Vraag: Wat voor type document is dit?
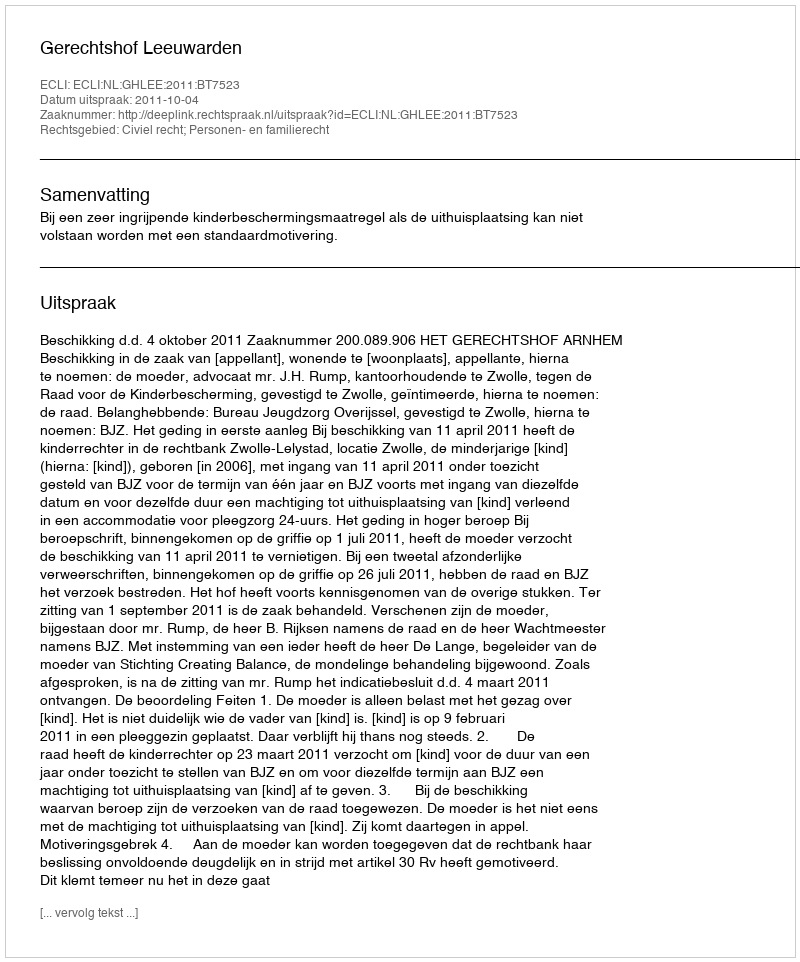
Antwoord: Uitspraak